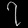
Digit: ၇